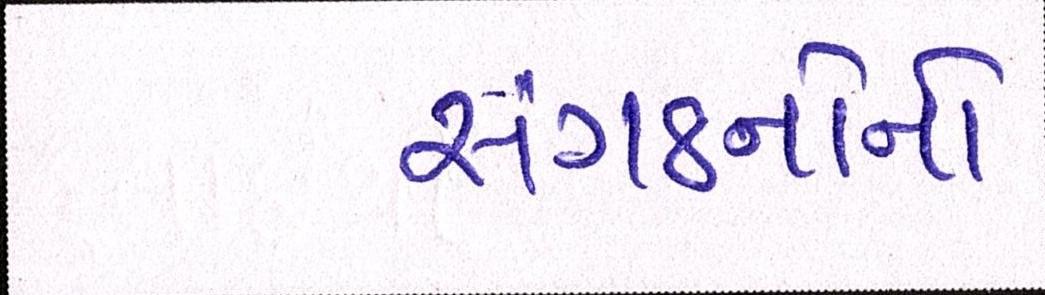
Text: સંગઠનોનો